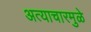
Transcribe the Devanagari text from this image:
अत्याचारमुळे